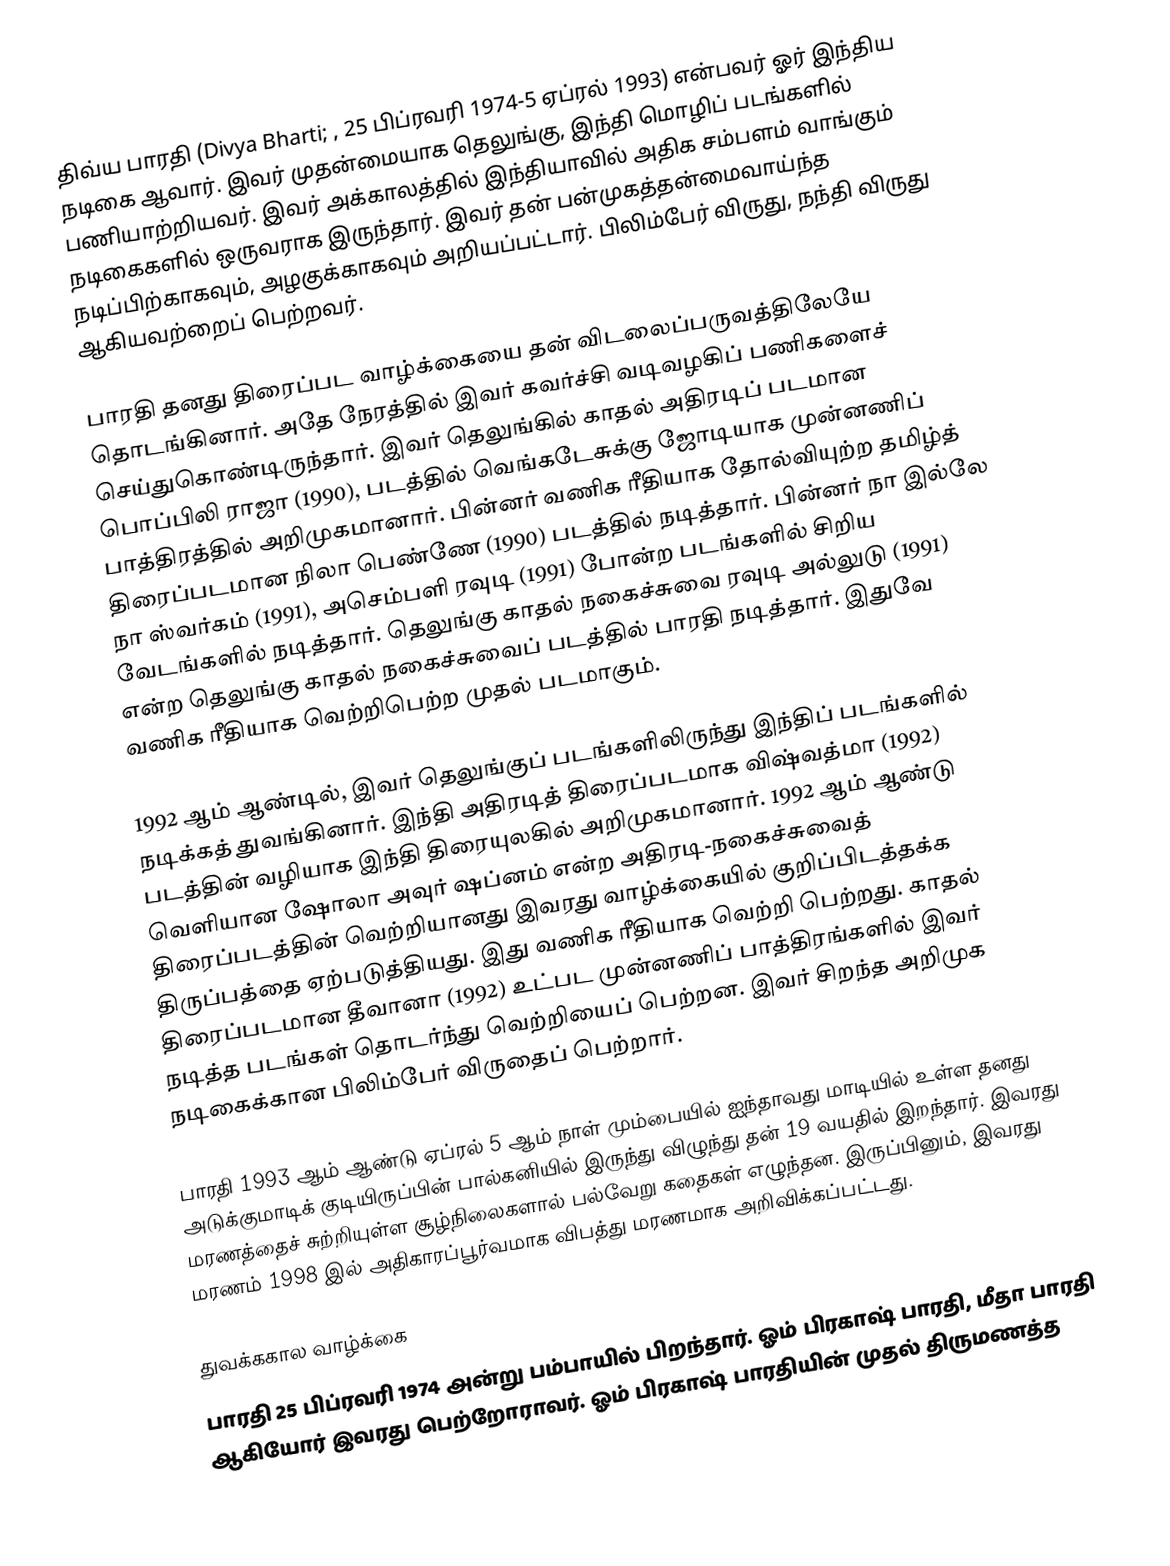
திவ்ய பாரதி (Divya Bharti; , 25 பிப்ரவரி 1974-5 ஏப்ரல் 1993) என்பவர் ஓர் இந்திய நடிகை ஆவார். இவர் முதன்மையாக தெலுங்கு, இந்தி மொழிப் படங்களில் பணியாற்றியவர். இவர் அக்காலத்தில் இந்தியாவில் அதிக சம்பளம் வாங்கும் நடிகைகளில் ஒருவராக இருந்தார். இவர் தன் பன்முகத்தன்மைவாய்ந்த நடிப்பிற்காகவும், அழகுக்காகவும் அறியப்பட்டார். பிலிம்பேர் விருது, நந்தி விருது ஆகியவற்றைப் பெற்றவர்.

பாரதி தனது திரைப்பட வாழ்க்கையை தன் விடலைப்பருவத்திலேயே தொடங்கினார். அதே நேரத்தில் இவர் கவர்ச்சி வடிவழகிப் பணிகளைச் செய்துகொண்டிருந்தார். இவர் தெலுங்கில் காதல் அதிரடிப் படமான பொப்பிலி ராஜா (1990), படத்தில் வெங்கடேசுக்கு ஜோடியாக முன்னணிப் பாத்திரத்தில் அறிமுகமானார். பின்னர் வணிக ரீதியாக தோல்வியுற்ற தமிழ்த் திரைப்படமான நிலா பெண்ணே (1990) படத்தில் நடித்தார். பின்னர் நா இல்லே நா ஸ்வர்கம் (1991), அசெம்பளி ரவுடி (1991) போன்ற படங்களில் சிறிய வேடங்களில் நடித்தார். தெலுங்கு காதல் நகைச்சுவை ரவுடி அல்லுடு (1991) என்ற தெலுங்கு காதல் நகைச்சுவைப் படத்தில் பாரதி நடித்தார். இதுவே வணிக ரீதியாக வெற்றிபெற்ற முதல் படமாகும்.

1992 ஆம் ஆண்டில், இவர் தெலுங்குப் படங்களிலிருந்து இந்திப் படங்களில் நடிக்கத் துவங்கினார். இந்தி அதிரடித் திரைப்படமாக விஷ்வத்மா (1992) படத்தின் வழியாக இந்தி திரையுலகில் அறிமுகமானார். 1992 ஆம் ஆண்டு வெளியான ஷோலா அவுர் ஷப்னம் என்ற அதிரடி-நகைச்சுவைத் திரைப்படத்தின் வெற்றியானது இவரது வாழ்க்கையில் குறிப்பிடத்தக்க திருப்பத்தை ஏற்படுத்தியது. இது வணிக ரீதியாக வெற்றி பெற்றது. காதல் திரைப்படமான தீவானா (1992) உட்பட முன்னணிப் பாத்திரங்களில் இவர் நடித்த படங்கள் தொடர்ந்து வெற்றியைப் பெற்றன. இவர் சிறந்த அறிமுக நடிகைக்கான பிலிம்பேர் விருதைப் பெற்றார்.

பாரதி 1993 ஆம் ஆண்டு ஏப்ரல் 5 ஆம் நாள் மும்பையில் ஐந்தாவது மாடியில் உள்ள தனது அடுக்குமாடிக் குடியிருப்பின் பால்கனியில் இருந்து விழுந்து தன் 19 வயதில் இறந்தார். இவரது மரணத்தைச் சுற்றியுள்ள சூழ்நிலைகளால் பல்வேறு கதைகள் எழுந்தன. இருப்பினும், இவரது மரணம் 1998 இல் அதிகாரப்பூர்வமாக விபத்து மரணமாக அறிவிக்கப்பட்டது.

துவக்ககால வாழ்க்கை
பாரதி 25 பிப்ரவரி 1974 அன்று பம்பாயில் பிறந்தார். ஓம் பிரகாஷ் பாரதி, மீதா பாரதி ஆகியோர் இவரது பெற்றோராவர். ஓம் பிரகாஷ் பாரதியின் முதல் திருமணத்த